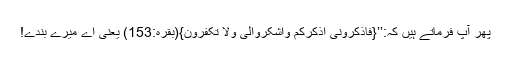
پھر آپؑ فرماتے ہیں کہ:’’{فَاذْکُرُوْنِیٓ اَذْکُرْکُمْ وَاشْکُرُوْالِیْ وَلَا تَکْفُرُوْنِ}(بقرہ:153) یعنی اے میرے بندے!